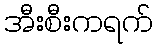
အီးစီးကရက်